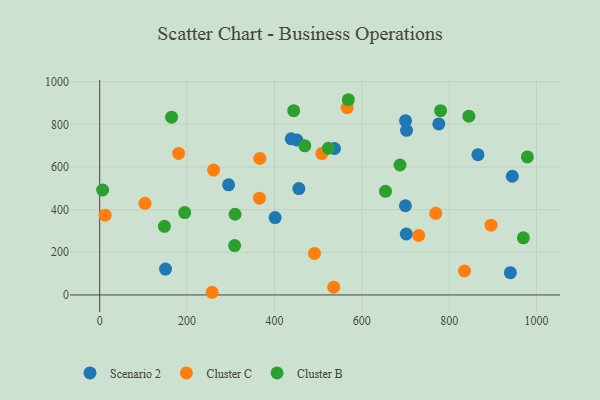
{"axis": {"x": "Experience", "y": "Sales"}, "legend": ["Cluster B", "Cluster C", "Scenario 2"], "data": [{"x": "776.4", "y": 801.8, "type": "Scenario 2"}, {"x": "401.6", "y": 362.7, "type": "Scenario 2"}, {"x": "455.9", "y": 498.7, "type": "Scenario 2"}, {"x": "700.1", "y": 817.1, "type": "Scenario 2"}, {"x": "701.9", "y": 285.7, "type": "Scenario 2"}, {"x": "451.2", "y": 726.4, "type": "Scenario 2"}, {"x": "940.2", "y": 104.6, "type": "Scenario 2"}, {"x": "537.5", "y": 686.7, "type": "Scenario 2"}, {"x": "438.6", "y": 731.8, "type": "Scenario 2"}, {"x": "295.1", "y": 516.2, "type": "Scenario 2"}, {"x": "699.9", "y": 418.2, "type": "Scenario 2"}, {"x": "944.6", "y": 556.6, "type": "Scenario 2"}, {"x": "150.7", "y": 121.1, "type": "Scenario 2"}, {"x": "865.9", "y": 657.8, "type": "Scenario 2"}, {"x": "702.5", "y": 771.6, "type": "Scenario 2"}, {"x": "835.2", "y": 112.2, "type": "Cluster C"}, {"x": "180.6", "y": 663.5, "type": "Cluster C"}, {"x": "366.6", "y": 640.2, "type": "Cluster C"}, {"x": "896.0", "y": 327.3, "type": "Cluster C"}, {"x": "257.4", "y": 12.5, "type": "Cluster C"}, {"x": "12.4", "y": 373.9, "type": "Cluster C"}, {"x": "535.7", "y": 36.3, "type": "Cluster C"}, {"x": "491.7", "y": 194.7, "type": "Cluster C"}, {"x": "103.7", "y": 429.5, "type": "Cluster C"}, {"x": "730.3", "y": 278.7, "type": "Cluster C"}, {"x": "566.6", "y": 877.9, "type": "Cluster C"}, {"x": "769.3", "y": 382.8, "type": "Cluster C"}, {"x": "508.6", "y": 663.0, "type": "Cluster C"}, {"x": "365.7", "y": 453.5, "type": "Cluster C"}, {"x": "260.7", "y": 585.4, "type": "Cluster C"}, {"x": "444.1", "y": 864.1, "type": "Cluster B"}, {"x": "569.2", "y": 915.3, "type": "Cluster B"}, {"x": "979.1", "y": 647.1, "type": "Cluster B"}, {"x": "523.3", "y": 687.9, "type": "Cluster B"}, {"x": "164.6", "y": 833.7, "type": "Cluster B"}, {"x": "308.9", "y": 231.5, "type": "Cluster B"}, {"x": "687.5", "y": 609.2, "type": "Cluster B"}, {"x": "309.9", "y": 378.4, "type": "Cluster B"}, {"x": "469.6", "y": 699.0, "type": "Cluster B"}, {"x": "969.9", "y": 267.6, "type": "Cluster B"}, {"x": "194.6", "y": 386.1, "type": "Cluster B"}, {"x": "148.2", "y": 321.9, "type": "Cluster B"}, {"x": "6.7", "y": 492.1, "type": "Cluster B"}, {"x": "654.3", "y": 485.8, "type": "Cluster B"}, {"x": "845.2", "y": 838.1, "type": "Cluster B"}, {"x": "780.4", "y": 863.8, "type": "Cluster B"}]}